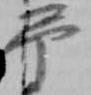
弔